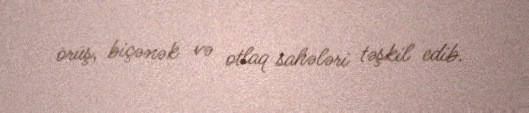
örüş, biçənək və otlaq sahələri təşkil edib.